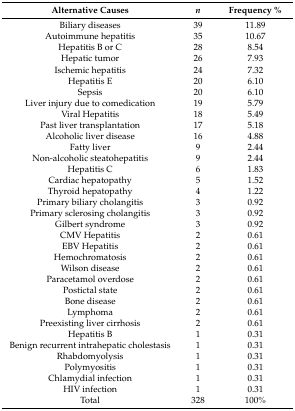
<table><thead><tr><td><b>Alternative Causes</b></td><td><b><i>n</i></b></td><td><b>Frequency %</b></td></tr></thead><tbody><tr><td>Biliary diseases</td><td>39</td><td>11.89</td></tr><tr><td>Autoimmune hepatitis</td><td>35</td><td>10.67</td></tr><tr><td>Hepatitis B or C</td><td>28</td><td>8.54</td></tr><tr><td>Hepatic tumor</td><td>26</td><td>7.93</td></tr><tr><td>Ischemic hepatitis</td><td>24</td><td>7.32</td></tr><tr><td>Hepatitis E</td><td>20</td><td>6.10</td></tr><tr><td>Sepsis</td><td>20</td><td>6.10</td></tr><tr><td>Liver injury due to comedication</td><td>19</td><td>5.79</td></tr><tr><td>Viral Hepatitis</td><td>18</td><td>5.49</td></tr><tr><td>Past liver transplantation</td><td>17</td><td>5.18</td></tr><tr><td>Alcoholic liver disease</td><td>16</td><td>4.88</td></tr><tr><td>Fatty liver</td><td>9</td><td>2.44</td></tr><tr><td>Non-alcoholic steatohepatitis</td><td>9</td><td>2.44</td></tr><tr><td>Hepatitis C</td><td>6</td><td>1.83</td></tr><tr><td>Cardiac hepatopathy</td><td>5</td><td>1.52</td></tr><tr><td>Thyroid hepatopathy</td><td>4</td><td>1.22</td></tr><tr><td>Primary biliary cholangitis</td><td>3</td><td>0.92</td></tr><tr><td>Primary sclerosing cholangitis</td><td>3</td><td>0.92</td></tr><tr><td>Gilbert syndrome</td><td>3</td><td>0.92</td></tr><tr><td>CMV Hepatitis</td><td>2</td><td>0.61</td></tr><tr><td>EBV Hepatitis</td><td>2</td><td>0.61</td></tr><tr><td>Hemochromatosis</td><td>2</td><td>0.61</td></tr><tr><td>Wilson disease</td><td>2</td><td>0.61</td></tr><tr><td>Paracetamol overdose</td><td>2</td><td>0.61</td></tr><tr><td>Postictal state</td><td>2</td><td>0.61</td></tr><tr><td>Bone disease</td><td>2</td><td>0.61</td></tr><tr><td>Lymphoma</td><td>2</td><td>0.61</td></tr><tr><td>Preexisting liver cirrhosis</td><td>2</td><td>0.61</td></tr><tr><td>Hepatitis B</td><td>1</td><td>0.31</td></tr><tr><td>Benign recurrent intrahepatic cholestasis</td><td>1</td><td>0.31</td></tr><tr><td>Rhabdomyolysis</td><td>1</td><td>0.31</td></tr><tr><td>Polymyositis</td><td>1</td><td>0.31</td></tr><tr><td>Chlamydial infection</td><td>1</td><td>0.31</td></tr><tr><td>HIV infection</td><td>1</td><td>0.31</td></tr><tr><td>Total</td><td>328</td><td>100%</td></tr></tbody></table>